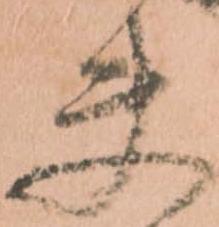
夫